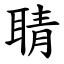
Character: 聙